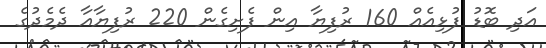
އަދި ބޮޑު ފުޅިއެއް 160 ރުފިޔާ އިން ފެށިގެން 220 ރުފިޔާއާ ދެމެދުގެ